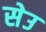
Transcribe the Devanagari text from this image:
सेउ